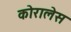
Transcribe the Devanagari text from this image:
कोरालेस